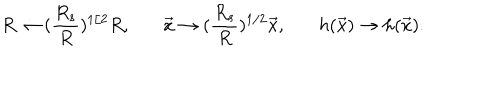
LaTeX: R \rightarrow ( { \frac { R _ { s } } { R } } ) ^ { 1 / 2 } R , \; \; \, \, \vec { x } \rightarrow ( { \frac { R _ { s } } { R } } ) ^ { 1 / 2 } \vec { x } , \; \; \, \, h ( \vec { x } ) \rightarrow h ( \vec { x } ) .